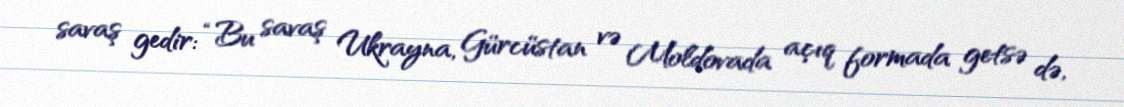
savaş gedir: “Bu savaş Ukrayna, Gürcüstan və Moldovada açıq formada getsə də,